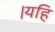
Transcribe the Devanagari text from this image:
।यहि